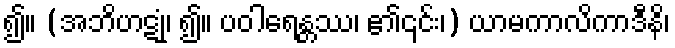
၍။ (အဘိဟဋုံ၊ ၍။ ပဝါရေန္တဿ၊ ၏၎င်း၊) ယာမကာလိကာဒီနိ၊